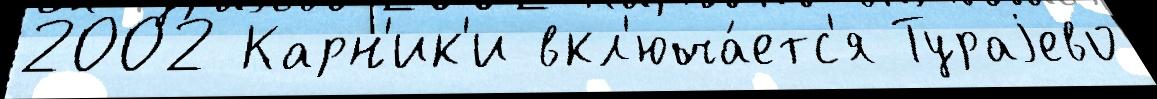
2002 Карн'ик'и вкл'юча́етс'я Тураjево